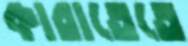
কারাতেতে